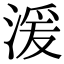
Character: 湲